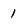
Character: 1